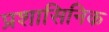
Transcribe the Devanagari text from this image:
प्रशासिनिक